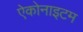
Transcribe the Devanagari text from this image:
ऐकोनाइटम